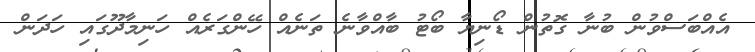
އެއްބަސްވުން ބުނާ ގޮތުން ޑޯނިޔާ ބޯޓު ބާއްވާނެ ތަނެއް ހޭންގަރެއް ހަނިމާދޫގައި ހަދަން